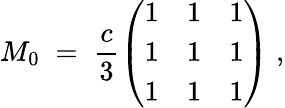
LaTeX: M_{0}\; =\; \frac{c}{3}\left(\begin{array}{lll}{{1}}&{{1}}&{{1}}\\ {{1}}&{{1}}&{{1}}\\ {{1}}&{{1}}&{{1}}\end{array}\right)\; ,